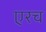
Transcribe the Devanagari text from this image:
एरच